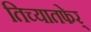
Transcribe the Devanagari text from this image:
तिच्यातफेर्